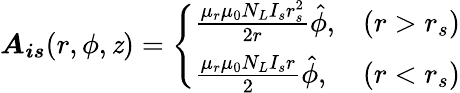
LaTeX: \boldsymbol{A_{is}}(r,\phi,\mathit{z})=\left\{ \begin{array}{ll}{\frac{\mu_{r}\mu_{0}N_{L}I_{s}r_{s}^{2}}{2r}\hat{\phi},}&{(r>r_{s})}\\ {\frac{\mu_{r}\mu_{0}N_{L}I_{s}r}{2}\hat{\phi},}&{(r<r_{s})}\end{array}\right.